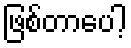
ဖြစ်တာပေါ့